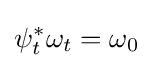
\psi _{t}^{*}\omega _{t}=\omega _{0}